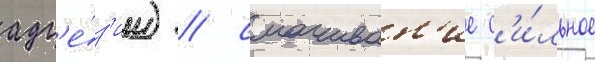
адг'е́з'ии) / смачиван'ие с'и́льное